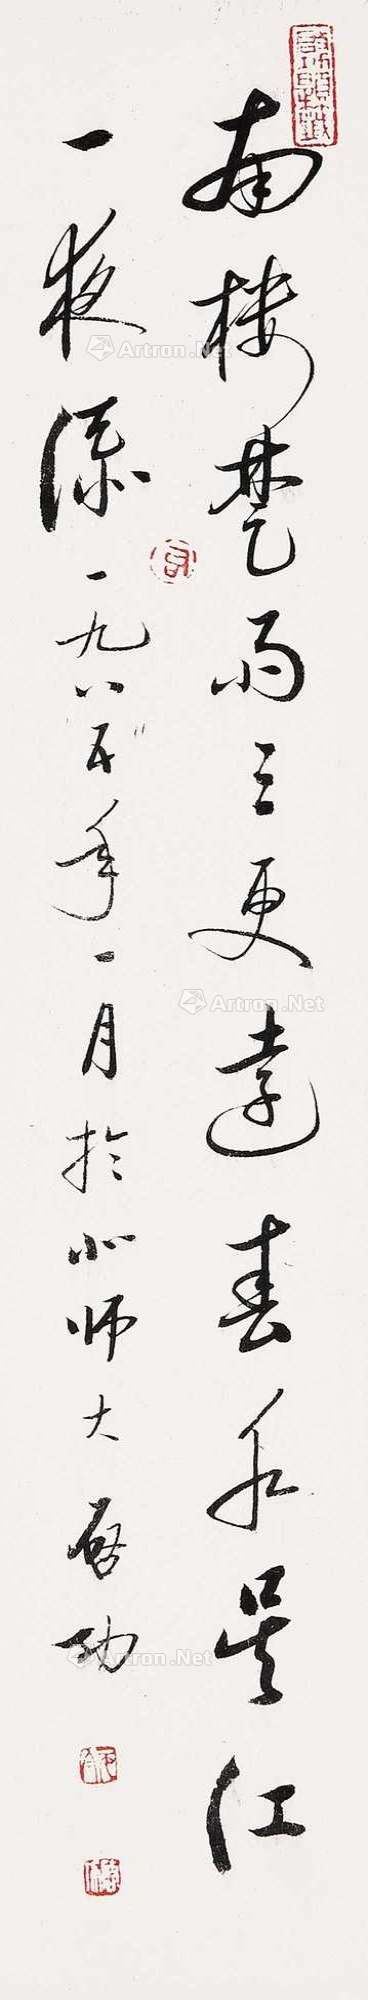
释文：南楼楚雨三更远，春水吴江一夜流。一九八五年一月于北师大，启功。